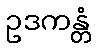
ဥဒကန္တံ